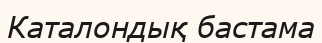
Каталондық бастама